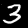
Label: 3